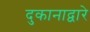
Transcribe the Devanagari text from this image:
दुकानाद्वारे